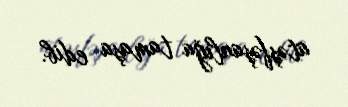
atəşfəşanlığa tamaşa edib.